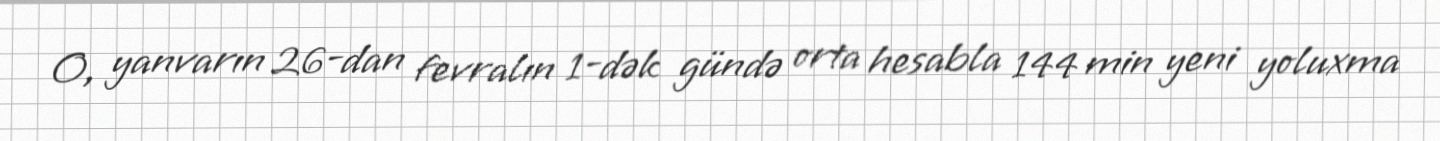
O, yanvarın 26-dan fevralın 1-dək gündə orta hesabla 144 min yeni yoluxma